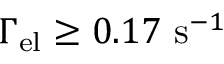
\Gamma _ { \mathrm { e l } } \geq 0 . 1 7 ~ \mathrm { s } ^ { - 1 }